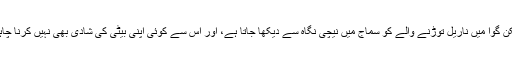
لیکن گوا میں ناریل توڑنے والے کو سماج میں نیچی نگاہ سے دیکھا جاتا ہے، اور اس سے کوئی اپنی بیٹی کی شادی بھی نہیں کرنا چاہتا۔